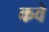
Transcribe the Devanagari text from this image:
कवे